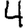
Digit: 4